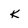
Character: K